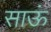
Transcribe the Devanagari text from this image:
साऊं